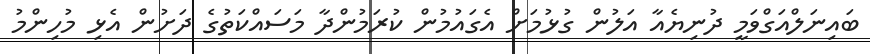
ބައިނަލްއަގްވަމީ ދުނިޔެއާ އަލުން ގުޅުމަށް އެގައުމުން ކުރަމުންދާ މަސައްކަތުގެ ދަށުން އެޅި މުހިންމު